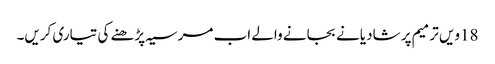
18ویں ترمیم پر شادیانے بجانے والے اب مرسیہ پڑھنے کی تیاری کریں۔